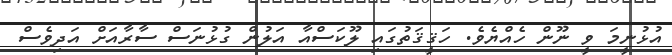
އުޅުނީމަ ވީ ނޫން ހެއްޔެވެ. ހަޤީޤަތުގައި ލޫކަސްއާ އަލުން ގުޅުނަސް ސާރާއަށް އަދިވެސް